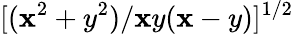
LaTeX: [(\mathbf{x}^{2}+y^{2})/\mathbf{x}y(\mathbf{x}-y)]^{1/2}